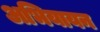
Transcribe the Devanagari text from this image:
अभियायन